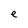
Character: e